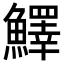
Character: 𩼓